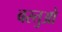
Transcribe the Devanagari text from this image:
बस्तुओ